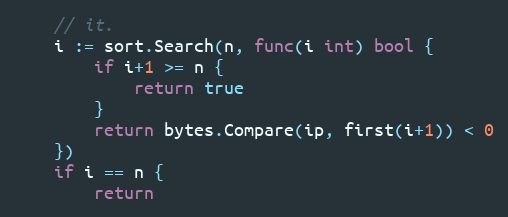
Language: Go
	// it.
	i := sort.Search(n, func(i int) bool {
		if i+1 >= n {
			return true
		}
		return bytes.Compare(ip, first(i+1)) < 0
	})
	if i == n {
		return